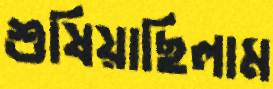
শুষিয়াছিলাম